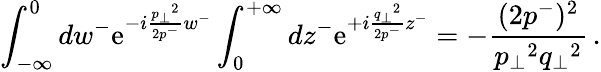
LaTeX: \int_{-\infty}^{0}dw^{-}\mathrm{e}^{-i\frac{{{p_{\perp}}^{2}}}{{2p^{-}}}w^{-}}\int_{0}^{+\infty}dz^{-}\mathrm{e}^{+i\frac{{{q_{\perp}}^{2}}}{{2p^{-}}}z^{-}}=-\frac{{(2p^{-})^{2}}}{{{p_{\perp}}^{2}{q_{\perp}}^{2}}}\, .